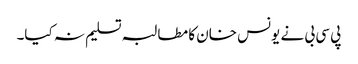
پی سی بی نے یونس خان کا مطالبہ تسلیم نہ کیا۔